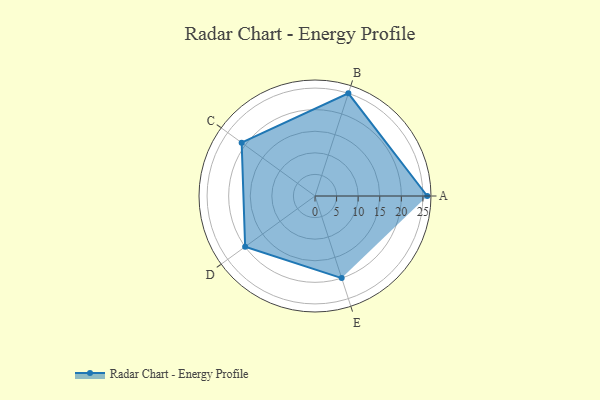
{"axis": {"x": "Skill", "y": "Score"}, "legend": ["Profile"], "data": [{"x": "A", "y": 26.0, "type": "Profile"}, {"x": "B", "y": 25.0, "type": "Profile"}, {"x": "C", "y": 21.0, "type": "Profile"}, {"x": "D", "y": 20.0, "type": "Profile"}, {"x": "E", "y": 20, "type": "Profile"}]}